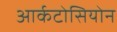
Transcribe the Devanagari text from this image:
आर्कटोसियोन